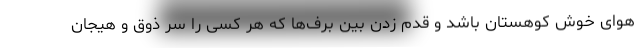
هوای خوش کوهستان باشد و قدم زدن بین برف‌ها که هر کسی را سر ذوق و هیجان